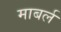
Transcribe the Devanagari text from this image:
माबर्ल